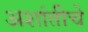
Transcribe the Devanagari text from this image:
अशांतीचे